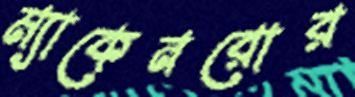
ম্যাকেনরোর